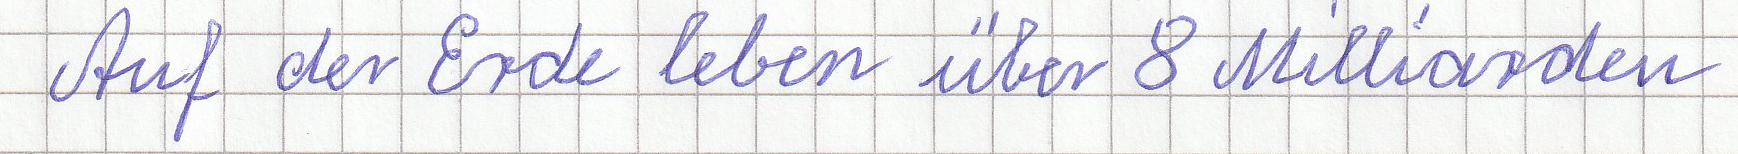
Auf der Erde leben über 8 Milliarden